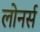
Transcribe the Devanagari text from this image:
लोनर्स